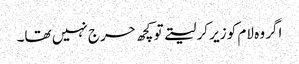
اگر وہ لام کو زیر کر لیتے تو کچھ حرج نہیں تھا۔